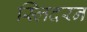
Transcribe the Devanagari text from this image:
स्लिदरन